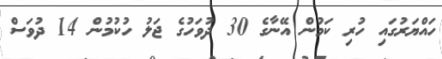
ހައްޔަރުގައި ހުރި ކަމުން އޭނާގެ 30 ދުވަހުގެ ޖަލު ހުކުމުން 14 ދުވަސް